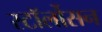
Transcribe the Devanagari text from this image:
स्टॉर्लोसन